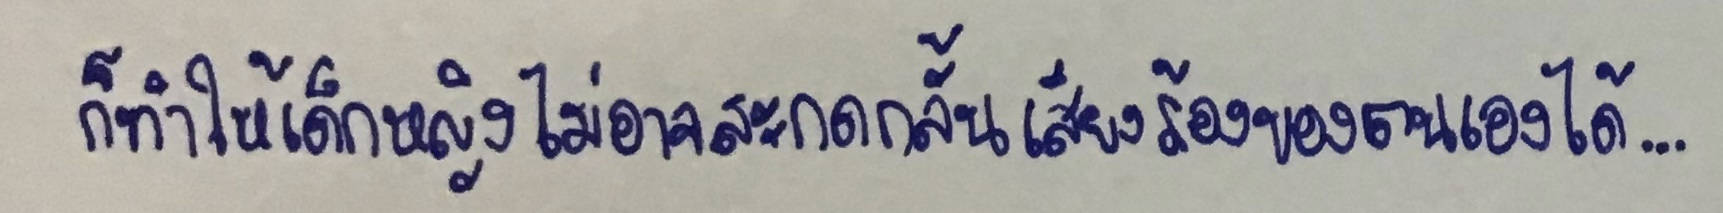
ก็ทำให้เด็กหญิงไม่อาจสะกดกลั้นเสียงร้องของตนเองได้...